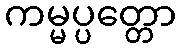
ကမ္မပ္ပတ္တော